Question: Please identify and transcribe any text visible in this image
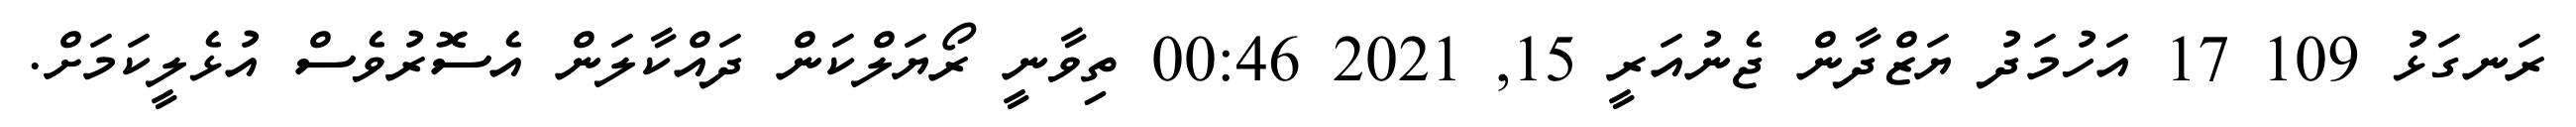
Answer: ރަނގަޅު 109 17 އަހުމަދު ޔަޒްދާން ޖެނުއަރީ 15, 2021 00:46 ތިވާނީ ރޯޔަލްކަން ދައްކާލަން އެސޮރުވެސް އުޅެލީކަމަށް.